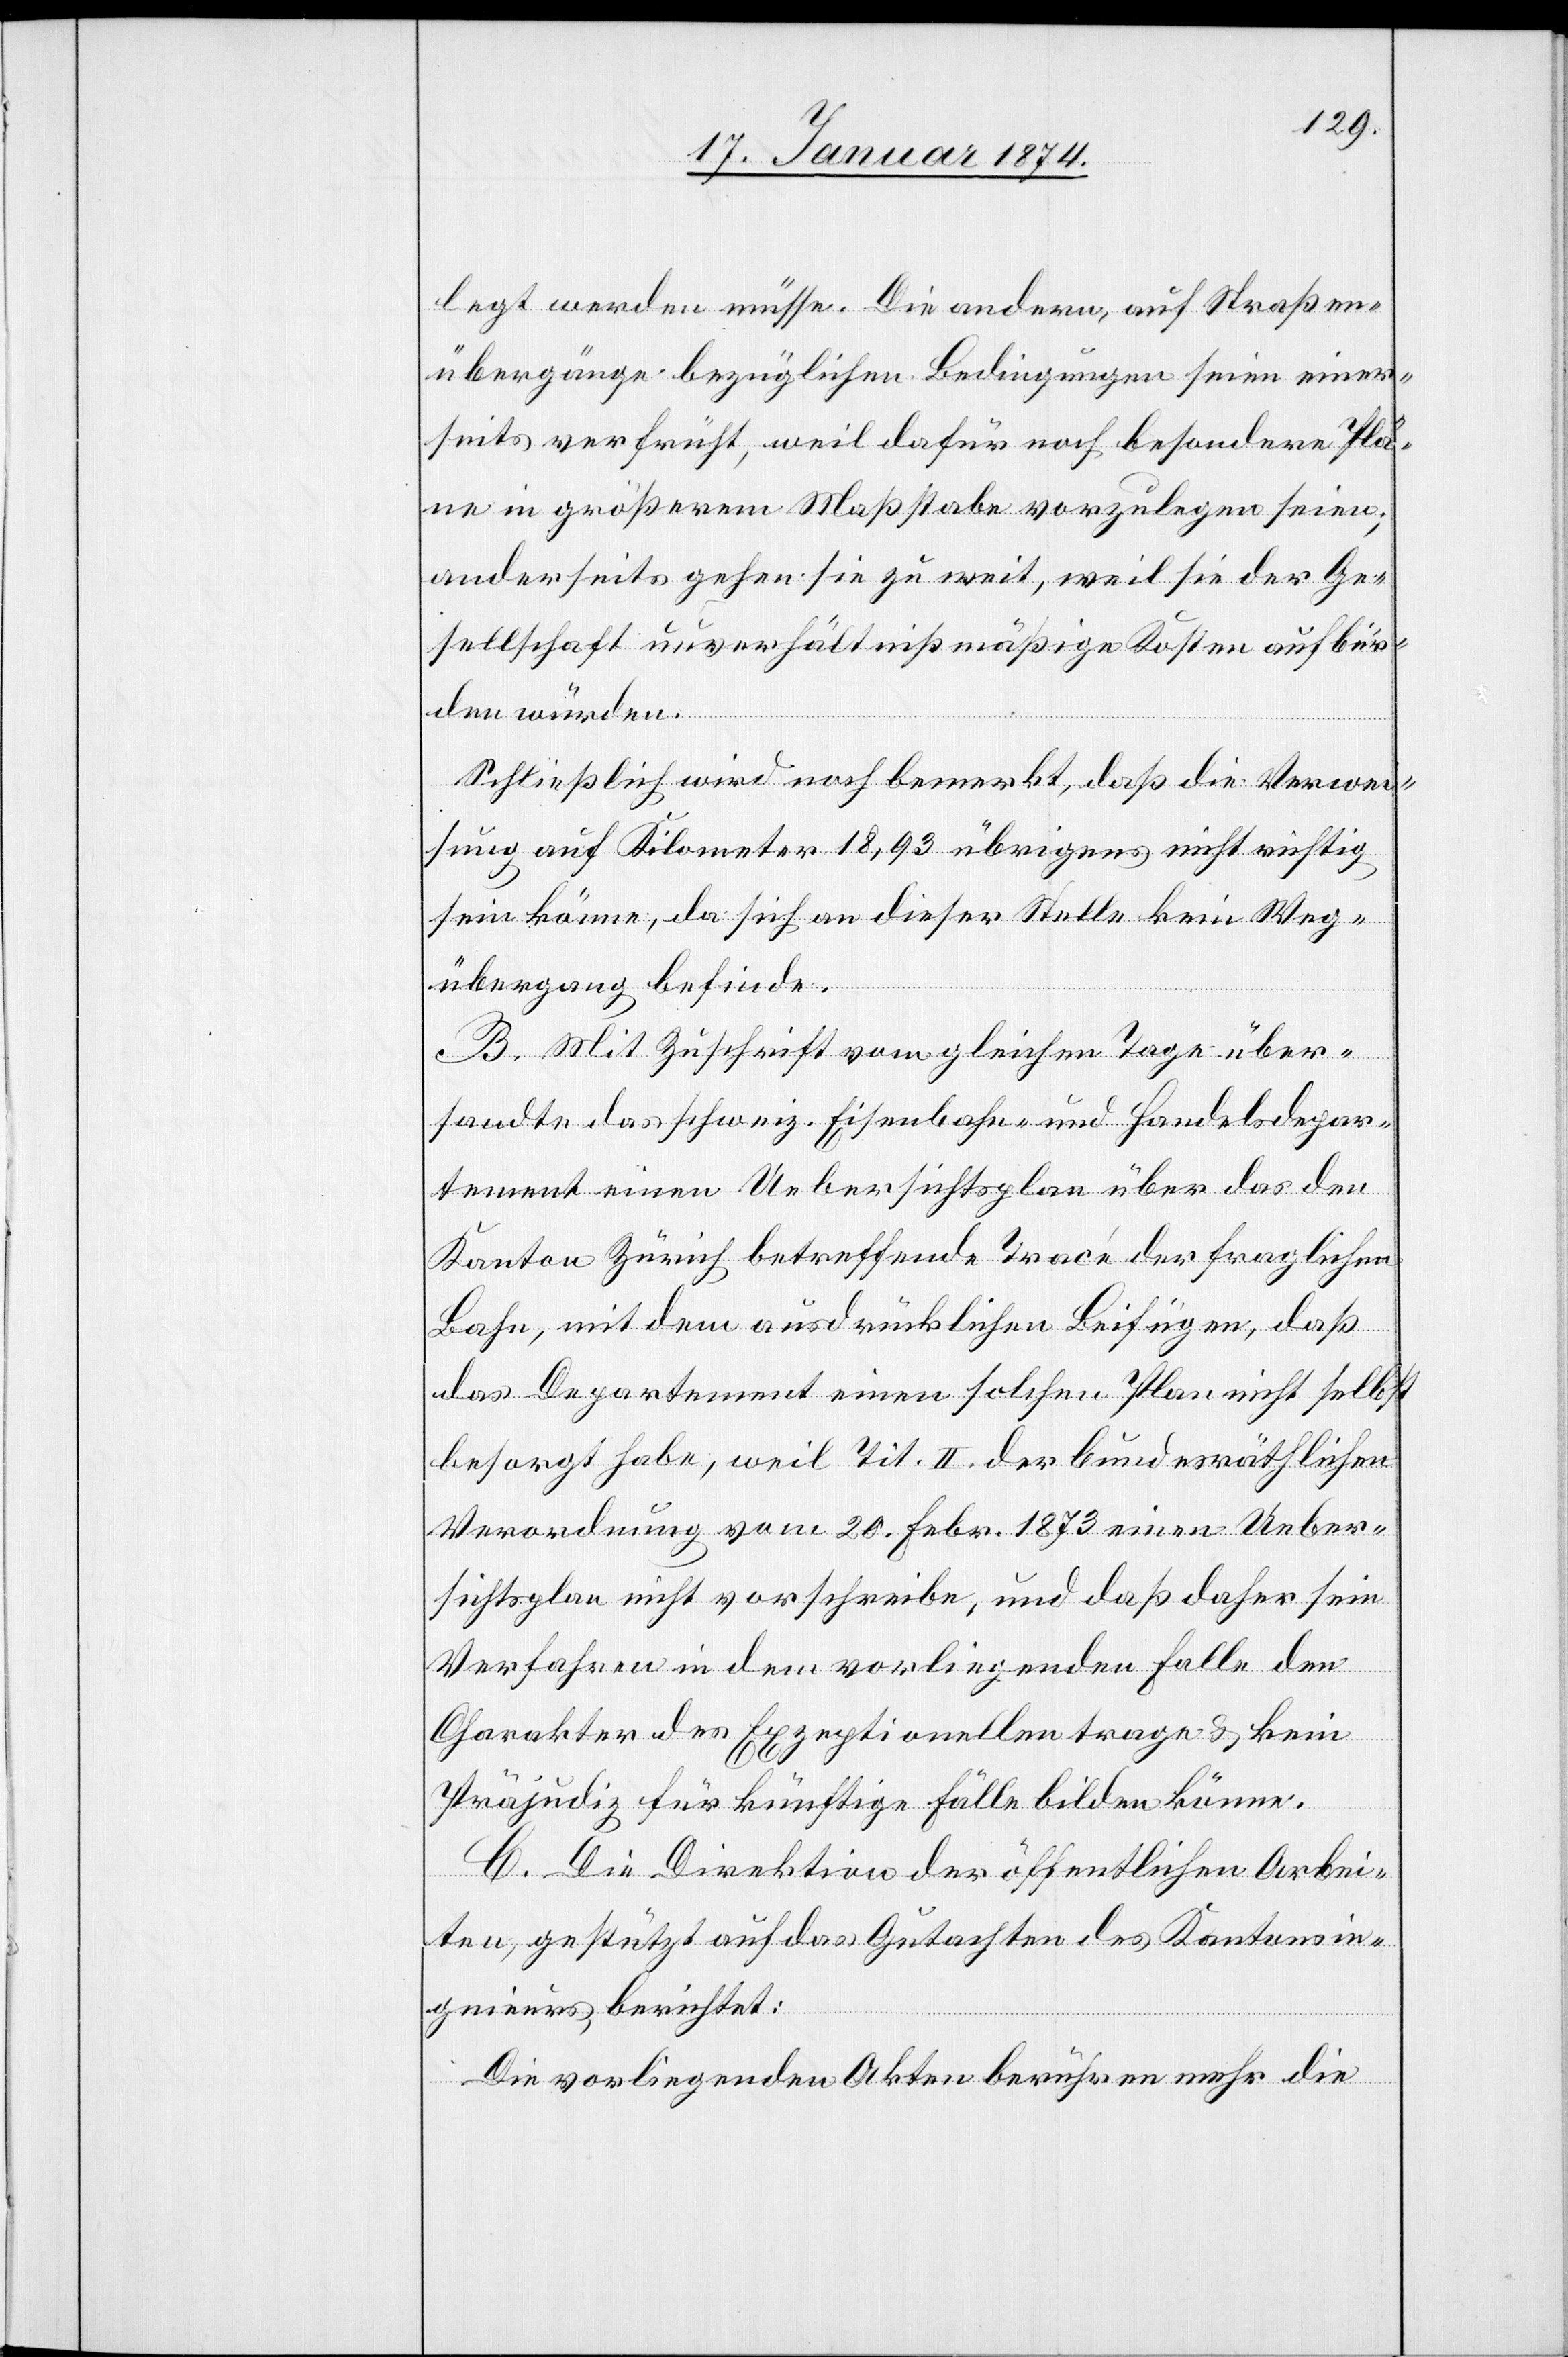
legt werden müsse. Die andern, auf Straßen¬
übergänge bezüglichen Bedingungen seien einer¬
seits verfrüht, weil dafür noch besondere Plä¬
ne in größerem Maßstabe vorzulegen seien;
anderseits gehen sie zu weit, weil sie der Ge¬
sellschaft unverhältnißmäßige Kosten aufbür¬
den würden.
Schließlich wird noch bemerkt, daß die Verwei¬
sung auf Kilometer 18,93 übrigens nicht richtig
sein könne, da sich an dieser Stelle kein Weg¬
übergang befinde.
B. Mit Zuschrift vom gleichen Tage über¬
sandte das schweiz. Eisenbahn- und Handelsdepar¬
tement einen Uebersichtsplan über das den
Kanton Zürich betreffende Tracé der fraglichen
Bahn, mit dem ausdrücklichen Beifügen, daß
das Departement einen solchen Plan nicht selbst
besorgt habe, weil Tit. II. der bundesräthlichen
Verordnung vom 20. Febr. 1873 einen Ueber¬
sichtsplan nicht vorschreibe, und daß daher sein
Verfahren in dem vorliegenden Falle den
Charakter des Exzeptionellen trage & kein
Präjudiz für künftige Fälle bilden könne.
C. Die Direktion der öffentlichen Arbei¬
ten, gestützt auf das Gutachten des Kantonsin¬
genieurs berichtet:
Die vorliegenden Akten berufen mehr die